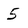
Character: 5